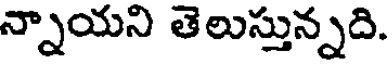
న్నాయని తెలుస్తున్నది.